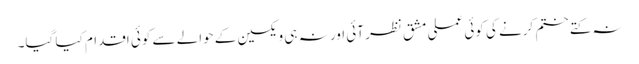
نہ کتے ختم کرنے کی کوئی عملی مشق نظر آئی اور نہ ہی ویکسین کے حوالے سے کوئی اقدام کیا گیا۔